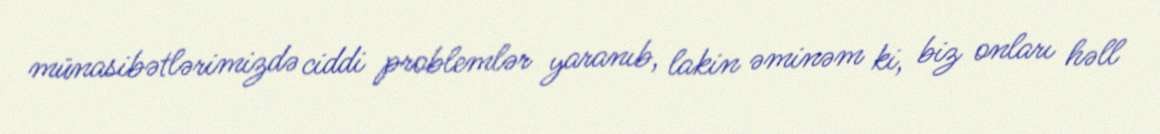
münasibətlərimizdə ciddi problemlər yaranıb, lakin əminəm ki, biz onları həll